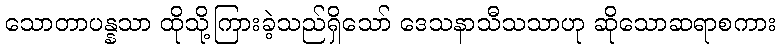
သောတာပန္နသာ ထိုသို့ကြားခဲ့သည်ရှိသော် ဒေသနာသီသသာဟု ဆိုသောဆရာစကား